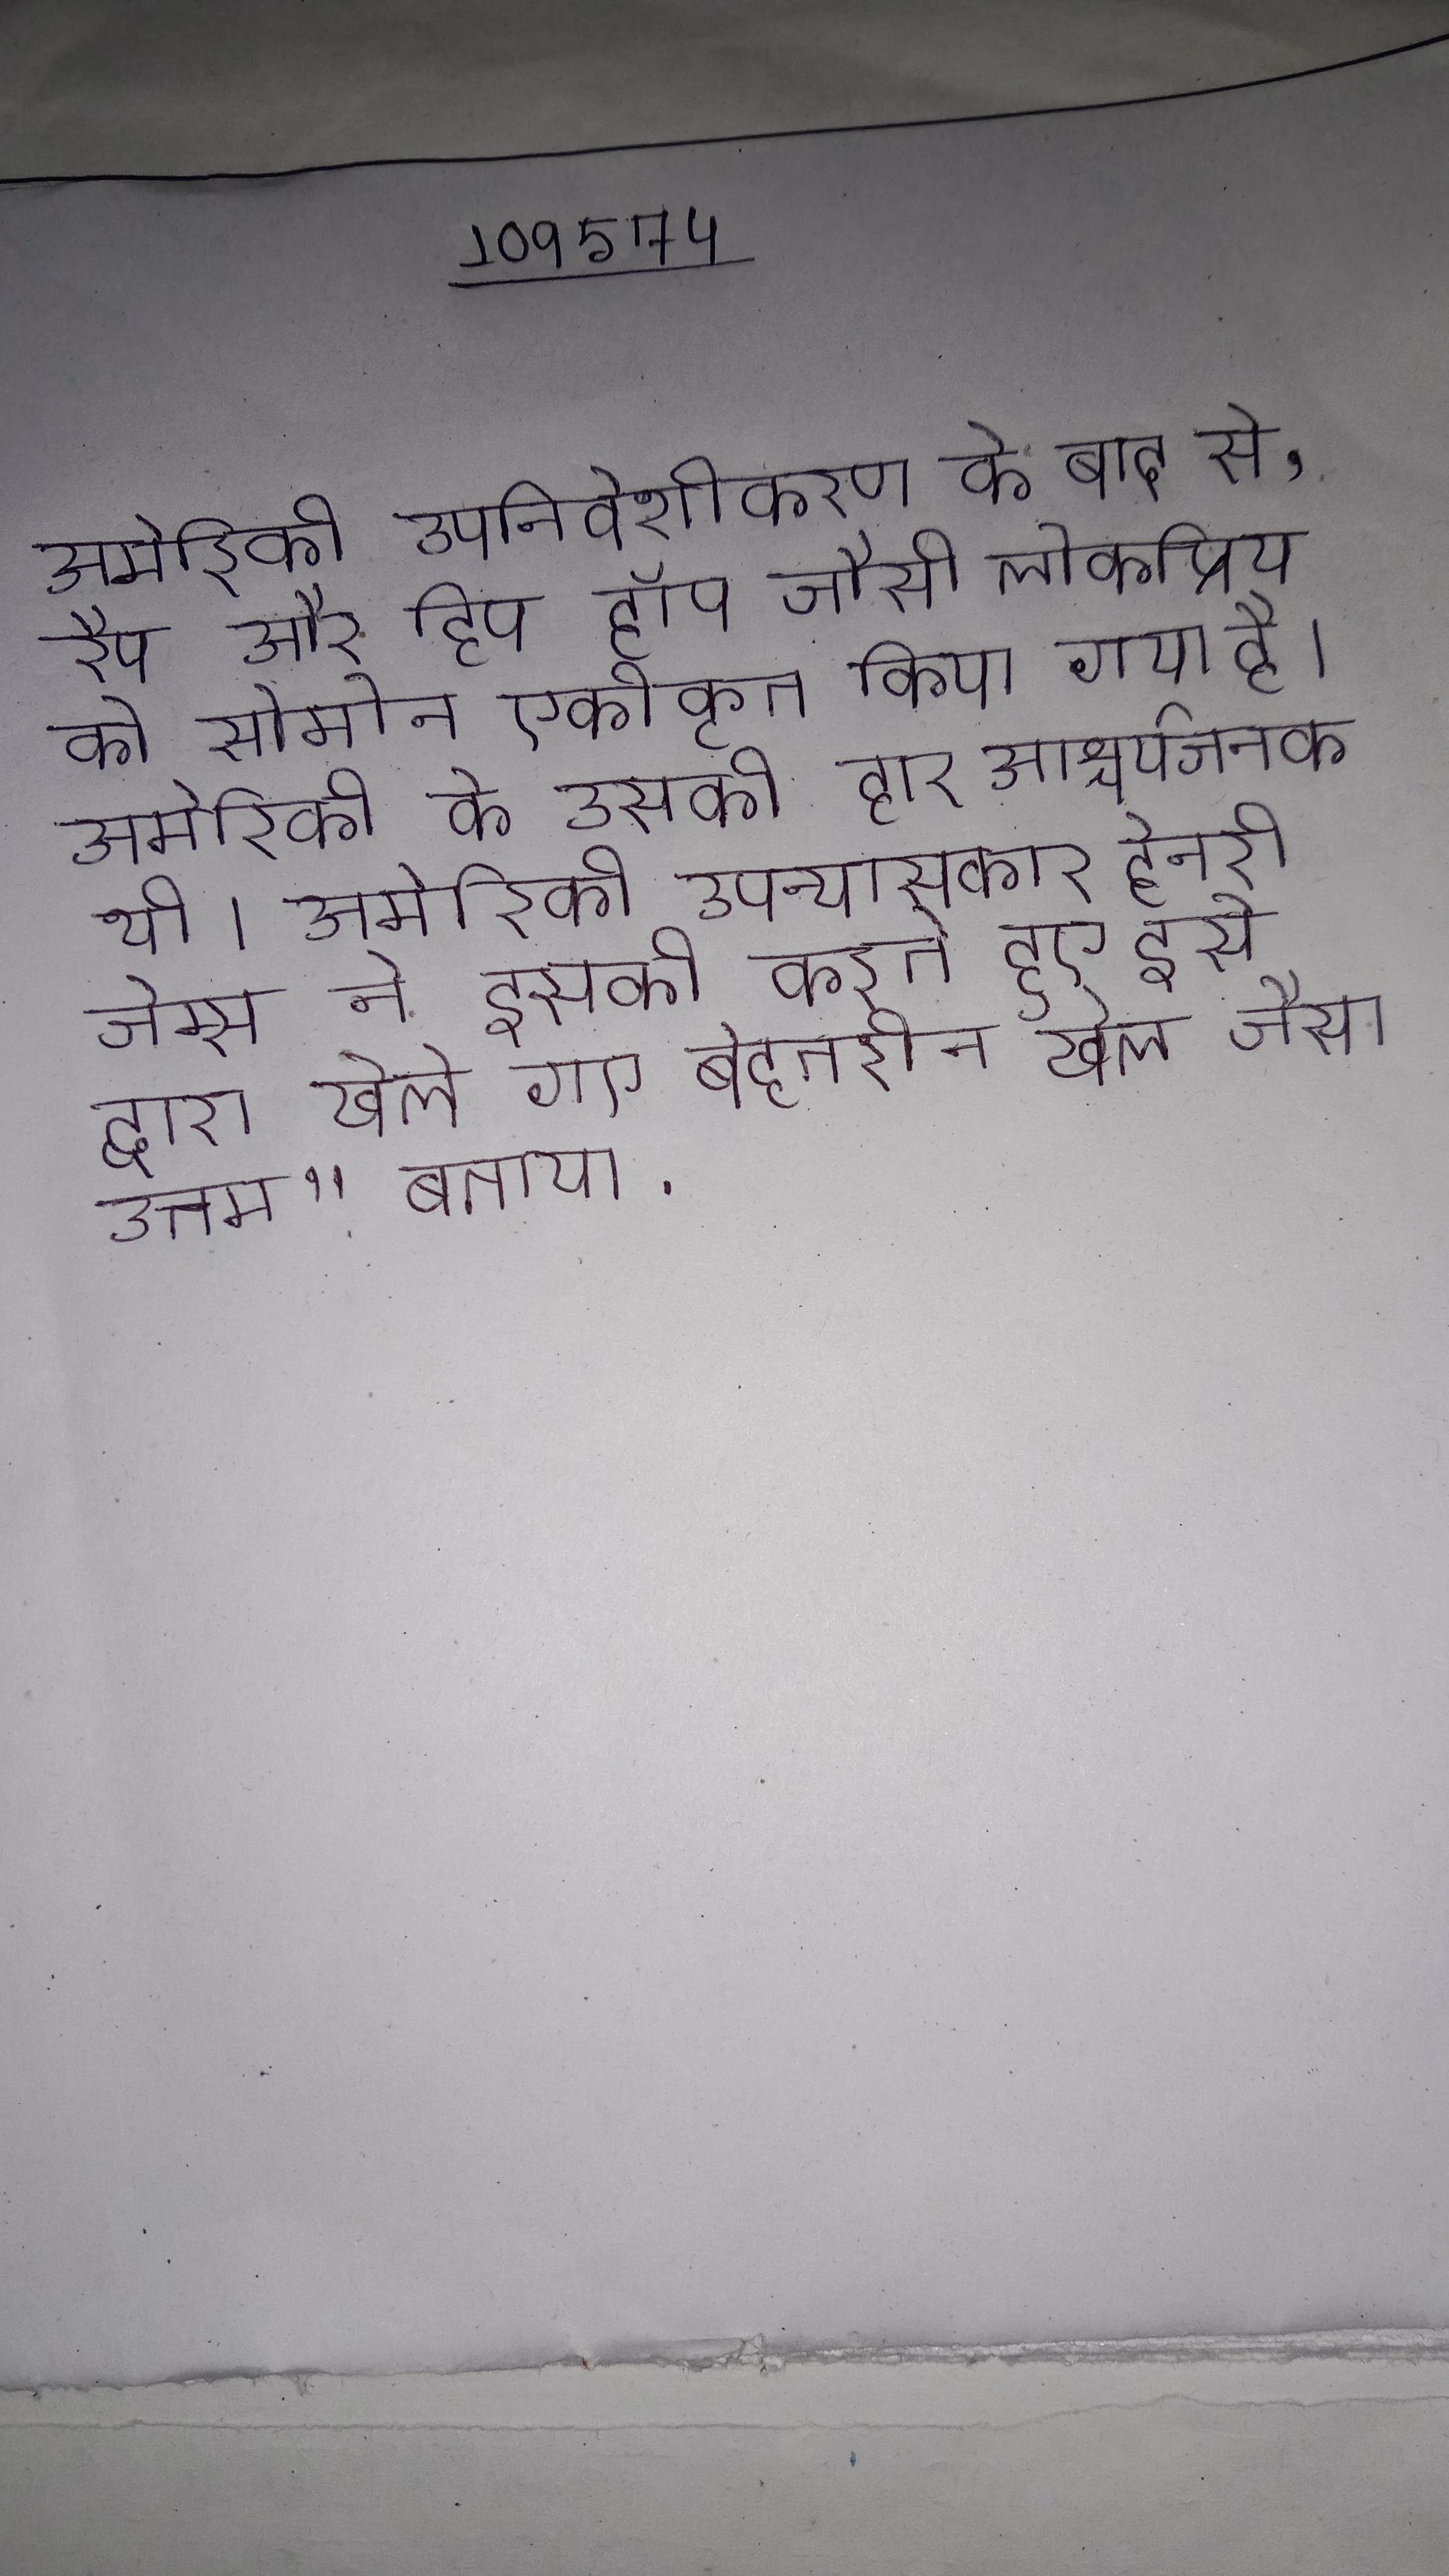
अमेरिकी उपनिवेशीकरण के बाद से, रैप और हिप हॉप जैसी लोकप्रिय को सोमोन एकीकृत किया गया है । अमेरिकी के उसकी हार आश्चर्यजनक थी । अमेरिकी उपन्यासकार हेनरी जेम्स ने इसकी करते हुए इसे द्वारा खेले गए बेहतरीन खेल जैसा उत्तम" बताया .